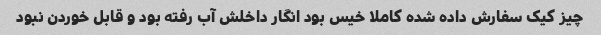
چیز کیک سفارش داده شده کاملا خیس بود انگار داخلش آب رفته بود و قابل خوردن نبود